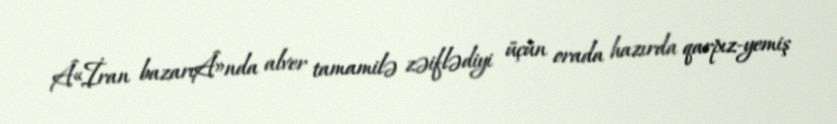
Â«İran bazarıÂ»nda alver tamamilə zəiflədiyi üçün orada hazırda qarpız-yemiş